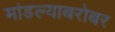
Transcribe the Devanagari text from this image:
मांडल्याबरोबर